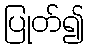
ပြုတ်၍